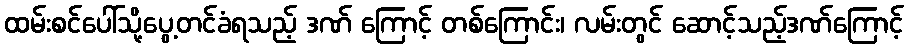
ထမ်းစင်ပေါ်သို့ပွေ့တင်ခံရသည့် ဒဏ် ကြောင့် တစ်ကြောင်း၊ လမ်းတွင် ဆောင့်သည့်ဒဏ်ကြောင့်